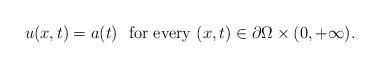
LaTeX: \begin{align*}u(x,t) = a(t)\ \mbox{ for every } (x,t) \in \partial\Omega \times (0, +\infty).\end{align*}